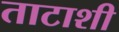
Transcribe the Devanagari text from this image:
ताटाशी